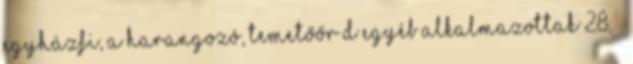
egyházfi, a harangozó, temetőőr d egyéb alkalmazottak 28. §